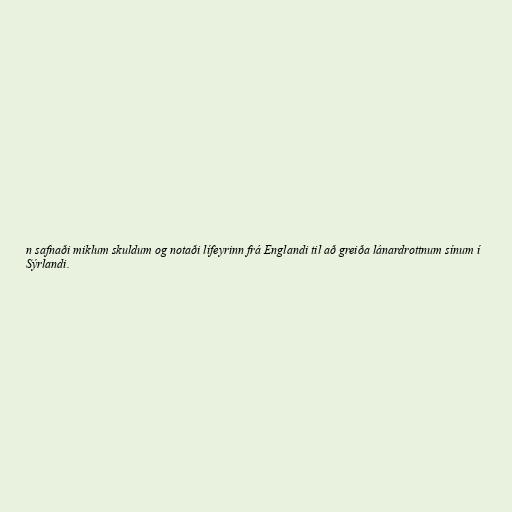
n safnaði miklum skuldum og notaði lífeyrinn frá Englandi til að greiða lánardrottnum sínum í
Sýrlandi.